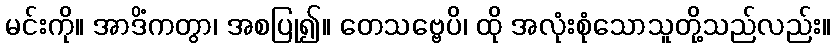
မင်းကို။ အာဒိံကတွာ၊ အစပြု၍။ တေသဗ္ဗေပိ၊ ထို အလုံးစုံသောသူတို့သည်လည်း။